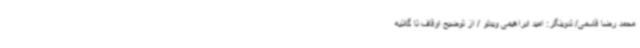
محمد رضا قاسمی/ تدوینگر: امید ابراهیمی ویدئو / از توضیح اوقاف تا گلایه